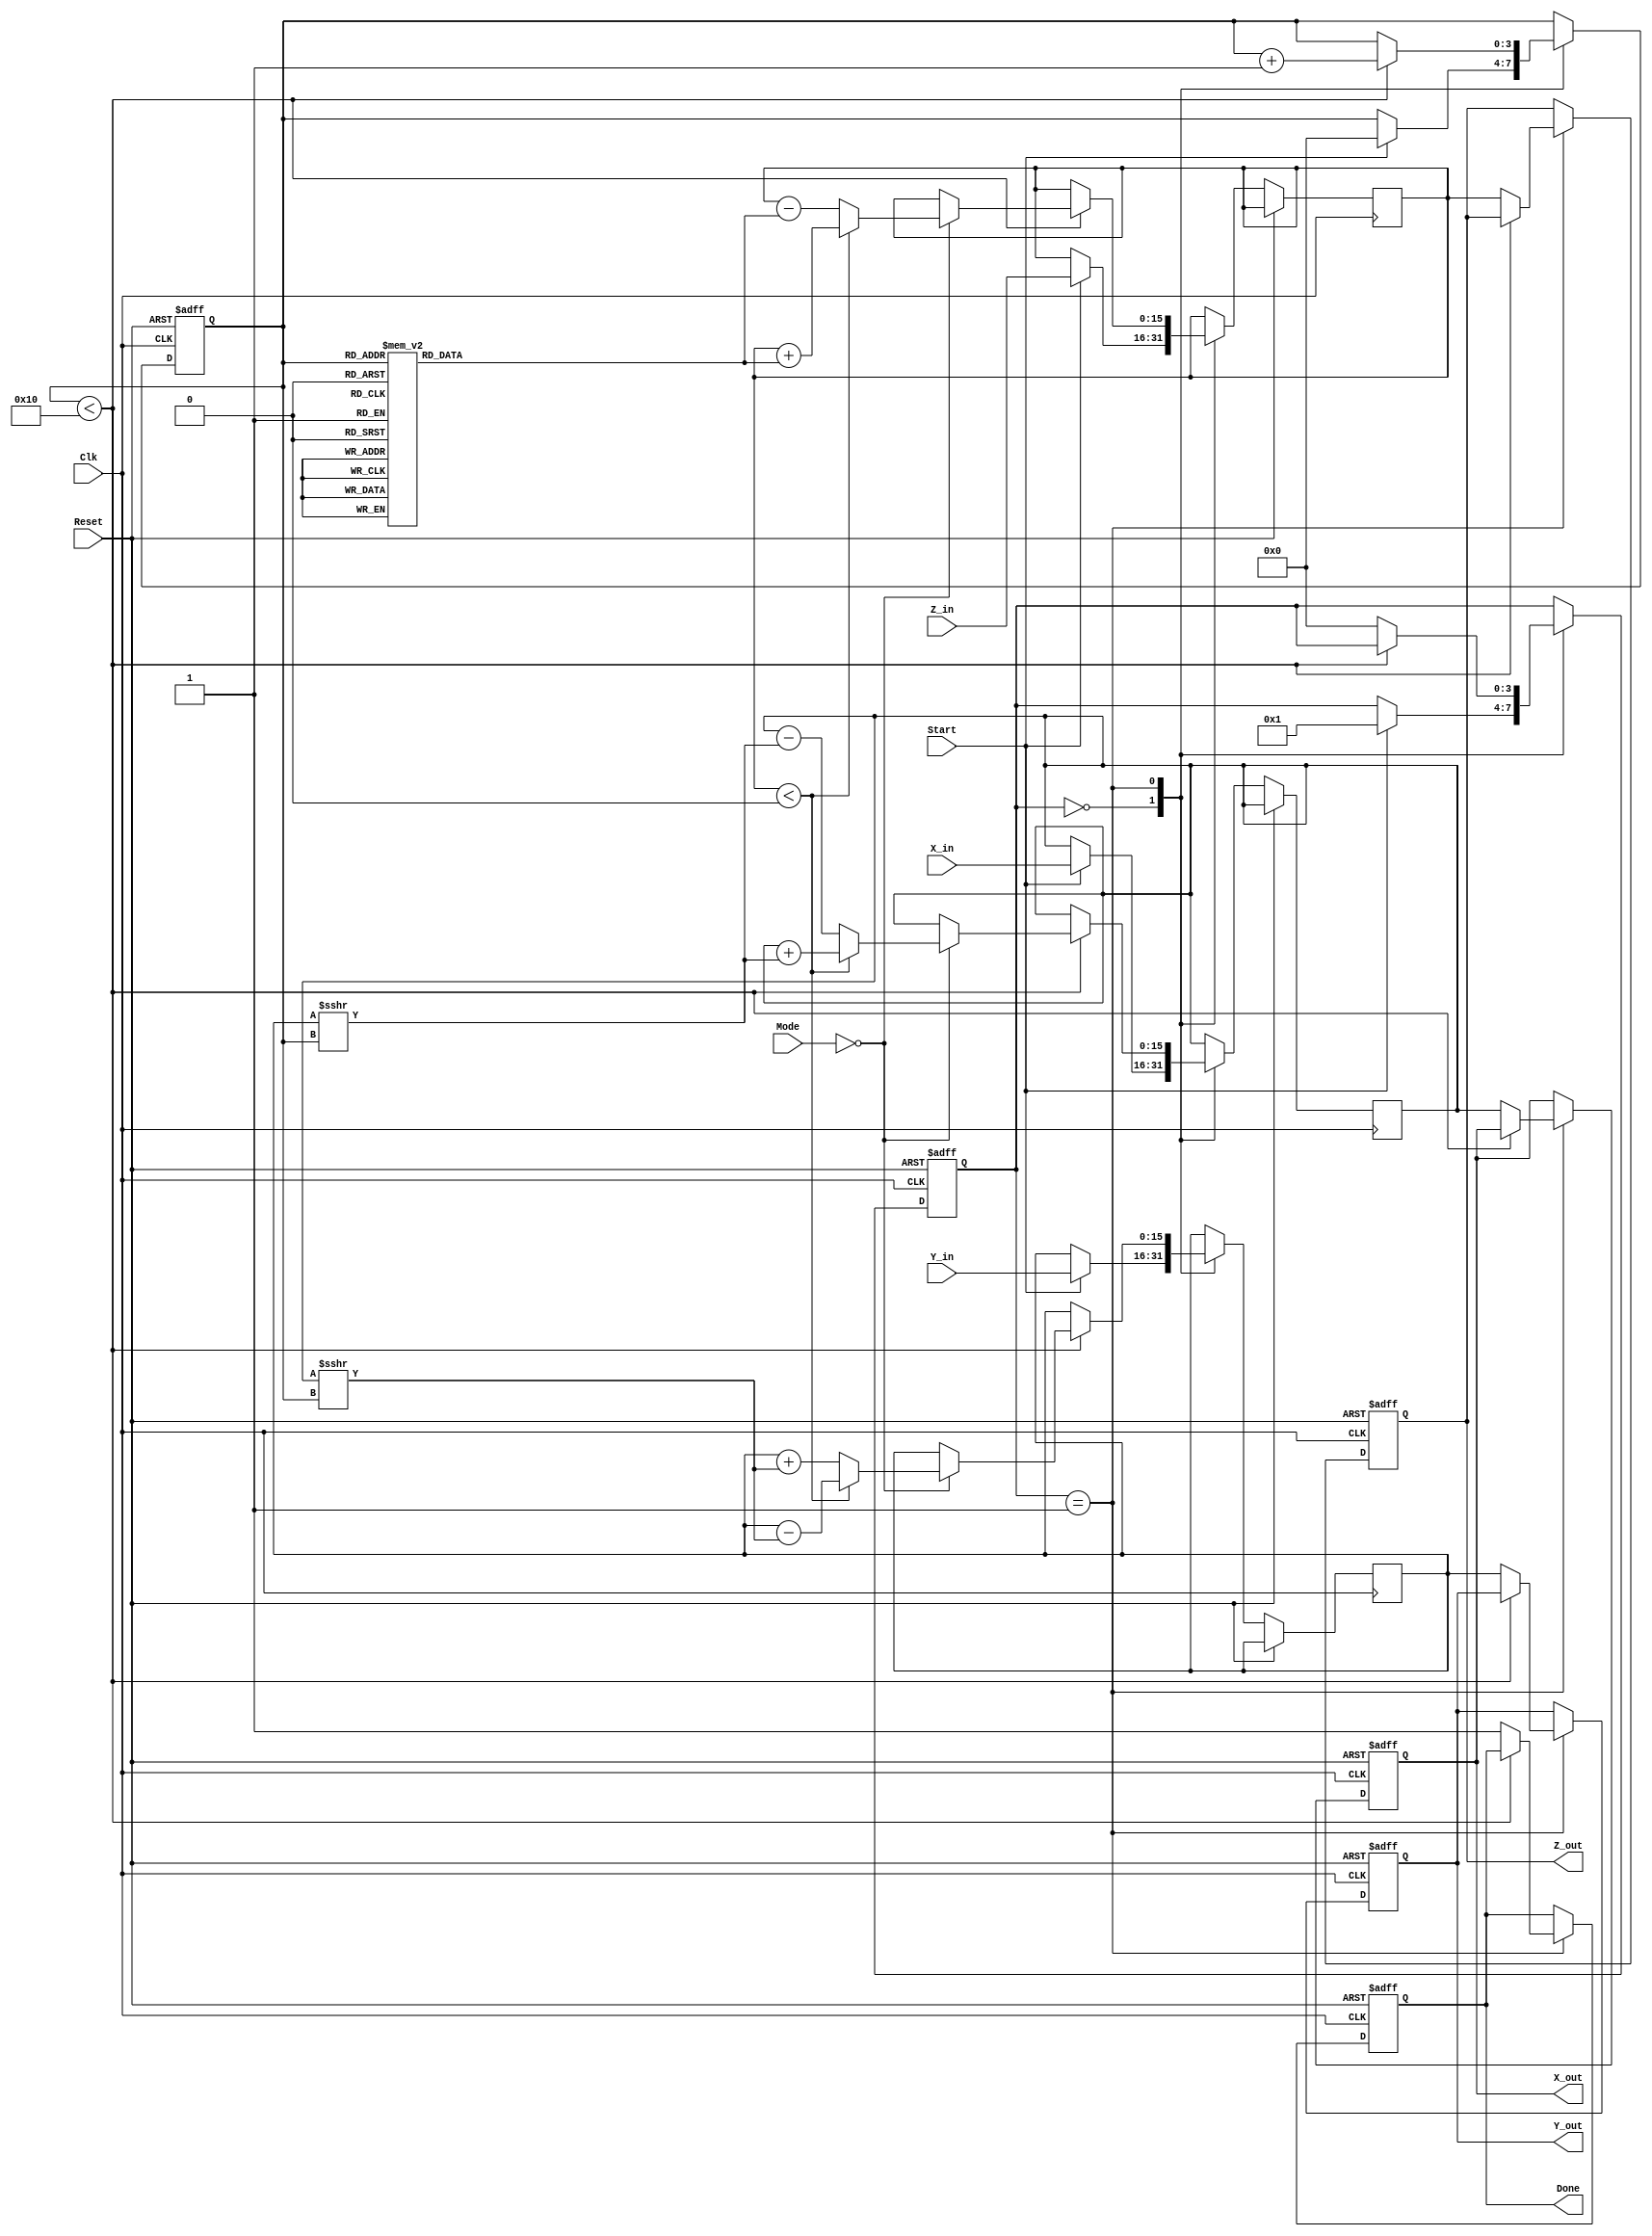
module CORDIC_Arithmetic_Block (
    input wire signed [15:0] X_in,      // Input vector X (fixed-point representation)
    input wire signed [15:0] Y_in,      // Input vector Y (fixed-point representation)
    input wire signed [15:0] Z_in,      // Angle of rotation (fixed-point representation)
    input wire [1:0] Mode,              // Operation mode (00: rotation, 01: vectoring, 10: hyperbolic)
    input wire Start,                    // Control signal to initiate the computation
    input wire Clk,                      // Clock signal
    input wire Reset,                    // Asynchronous reset signal
    output reg signed [15:0] X_out,     // Output vector X after computation
    output reg signed [15:0] Y_out,     // Output vector Y after computation
    output reg signed [15:0] Z_out,     // Result of the angle after computation
    output reg Done                      // Signal indicating the completion of the operation
);

    // Internal parameters
    parameter NUM_ITERATIONS = 16;      // Number of CORDIC iterations
    reg [3:0] state;                    // State variable for FSM
    reg [3:0] iteration;                // Iteration counter
    reg signed [15:0] X_reg, Y_reg, Z_reg; // Registers for X, Y, Z
    reg signed [15:0] angle_table [0:NUM_ITERATIONS-1]; // Arctangent lookup table

    // Initialize arctangent values
    initial begin
        angle_table[0] = 16'h1C71; // atan(2^0)
        angle_table[1] = 16'h0B72; // atan(2^-1)
        angle_table[2] = 16'h05A8; // atan(2^-2)
        angle_table[3] = 16'h02D9; // atan(2^-3)
        angle_table[4] = 16'h0162; // atan(2^-4)
        angle_table[5] = 16'h00B5; // atan(2^-5)
        angle_table[6] = 16'h0052; // atan(2^-6)
        angle_table[7] = 16'h0029; // atan(2^-7)
        angle_table[8] = 16'h0014; // atan(2^-8)
        angle_table[9] = 16'h000A; // atan(2^-9)
        angle_table[10] = 16'h0005; // atan(2^-10)
        angle_table[11] = 16'h0002; // atan(2^-11)
        angle_table[12] = 16'h0001; // atan(2^-12)
        angle_table[13] = 16'h0001; // atan(2^-13)
        angle_table[14] = 16'h0000; // atan(2^-14)
        angle_table[15] = 16'h0000; // atan(2^-15)
    end

    // State Machine for controlling computation
    always @(posedge Clk or posedge Reset) begin
        if (Reset) begin
            state <= 0;
            Done <= 0;
            iteration <= 0;
            X_out <= 0;
            Y_out <= 0;
            Z_out <= 0;
        end else begin
            case (state)
                0: begin // IDLE state
                    if (Start) begin
                        X_reg <= X_in;
                        Y_reg <= Y_in;
                        Z_reg <= Z_in;
                        iteration <= 0;
                        state <= 1;
                    end
                end
                1: begin // Computation state
                    if (iteration < NUM_ITERATIONS) begin
                        if (Mode == 2'b00) begin // Rotation mode
                            if (Z_reg < 0) begin
                                X_reg <= X_reg + (Y_reg >>> iteration);
                                Y_reg <= Y_reg - (X_reg >>> iteration);
                                Z_reg <= Z_reg + angle_table[iteration];
                            end else begin
                                X_reg <= X_reg - (Y_reg >>> iteration);
                                Y_reg <= Y_reg + (X_reg >>> iteration);
                                Z_reg <= Z_reg - angle_table[iteration];
                            end
                        end
                        // Additional modes (vectoring, hyperbolic) can be implemented similarly
                        iteration <= iteration + 1;
                    end else begin
                        X_out <= X_reg;
                        Y_out <= Y_reg;
                        Z_out <= Z_reg;
                        Done <= 1;
                        state <= 0; // Go back to IDLE state
                    end
                end
            endcase
        end
    end

endmodule